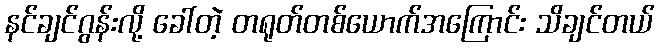
နင်ချင်ဂွန်းလို့ ခေါ်တဲ့ တရုတ်တစ်ယောက်အကြောင်း သိချင်တယ်